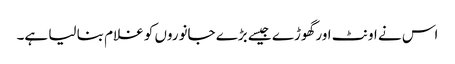
اس نے اونٹ اور گھوڑے جیسے بڑے جانوروں کو غلام بنا لیا ہے۔